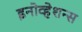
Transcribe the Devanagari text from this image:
इनोव्हेशन्स